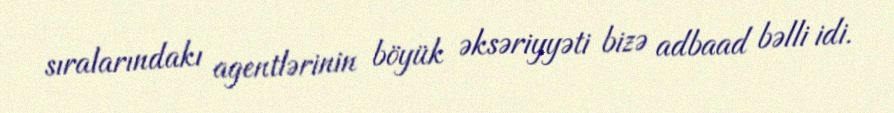
sıralarındakı agentlərinin böyük əksəriyyəti bizə adbaad bəlli idi.